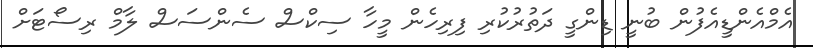
އެމްއެންޑީއެފުން ބުނީ ޑިންގީ ދަތުރުކުރި ފިރިހެން މީހާ ސިކްސް ސެންސަސް ލާމް ރިސޯޓަށް